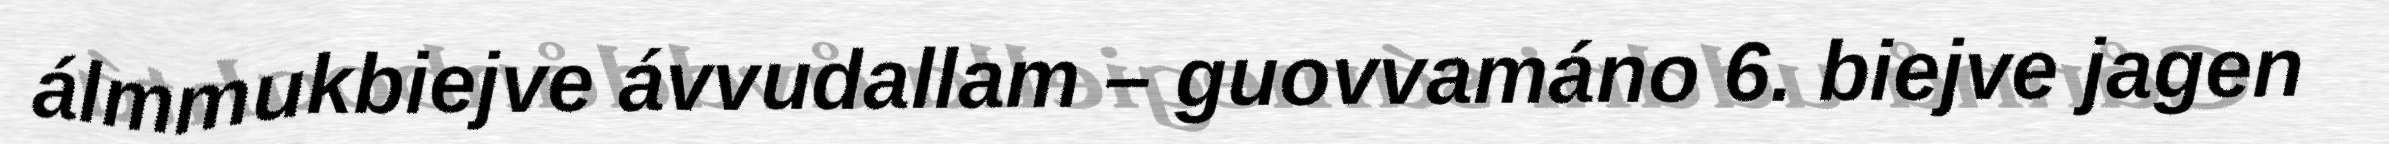
álmmukbiejve ávvudallam – guovvamáno 6. biejve jagen